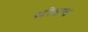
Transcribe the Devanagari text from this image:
पानिआग्वा